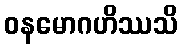
ဝနမောဂဟိဿသိ